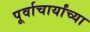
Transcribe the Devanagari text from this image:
पूर्वाचार्यांच्या